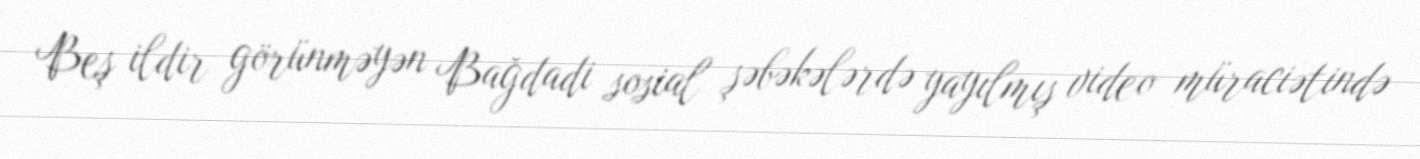
Beş ildir görünməyən Bağdadi sosial şəbəkələrdə yayılmış video müraciətində